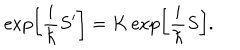
LaTeX: \exp \left[ \frac { i } { \hbar } S ^ { \prime } \right] = K \exp \left[ \frac { i } { \hbar } S \right] .